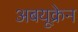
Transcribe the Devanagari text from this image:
अबयूक्रेन